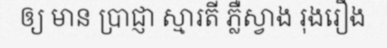
ឲ្យ មាន ប្រាជ្ញា ស្មារតី ភ្លឺស្វាង រុងរឿង